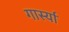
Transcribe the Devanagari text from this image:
गार्स्या